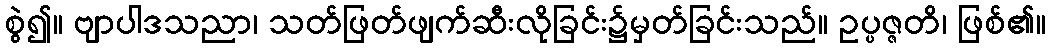
စွဲ၍။ ဗျာပါဒသညာ၊ သတ်ဖြတ်ဖျက်ဆီးလိုခြင်း၌မှတ်ခြင်းသည်။ ဥပ္ပဇ္ဇတိ၊ ဖြစ်၏။